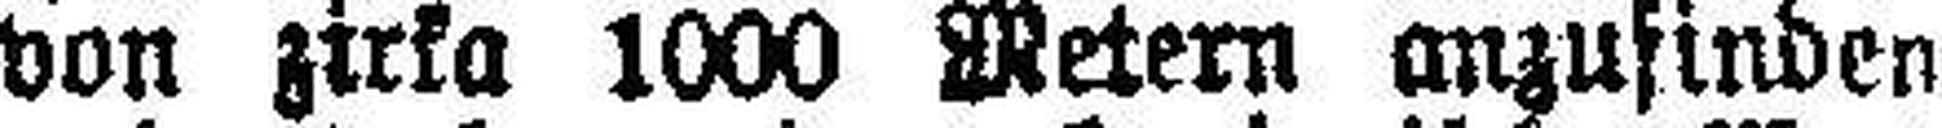
von zirka 1000 Metern anzufinden